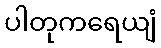
ပါတုကရေယျံ